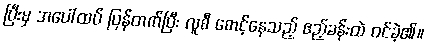
ပြီးမှ အပေါ်ထပ် ပြန်တက်ပြီး လူစီ စောင့်နေသည့် ဧည့်ခန်းထဲ ဝင်ခဲ့၏။